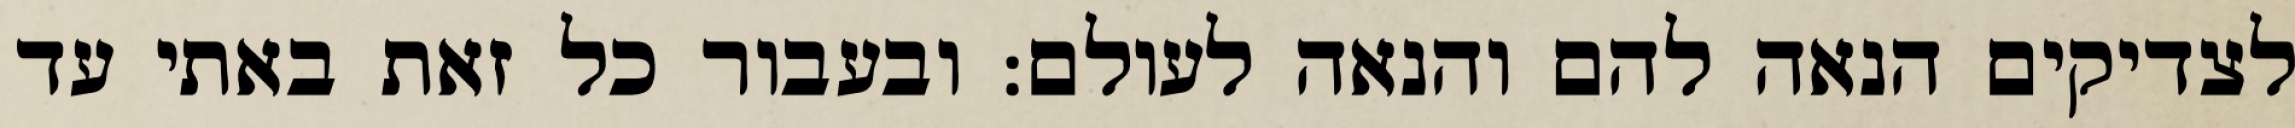
לצדיקים הנאה להם והנאה לעולם: ובעבור כל זאת באתי עד